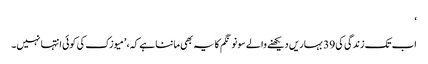
‘
اب تک زندگی کی 39 بہاریں دیکھنے والے سونو نگم کا یہ بھی ماننا ہے کہ، ’میوزک کی کوئی انتہا نہیں۔